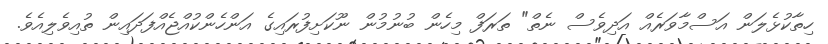
ހިތާކުޅެލަން އަސްމާވަރެއް އަދިވެސް ނެތް" ތަރަފް މިހެން ބުނުމުން ނޫކަށިފުރައިގެ އަންހެންކުއްޖެއްފަދައިން ތުއިވެލިއެވެ.